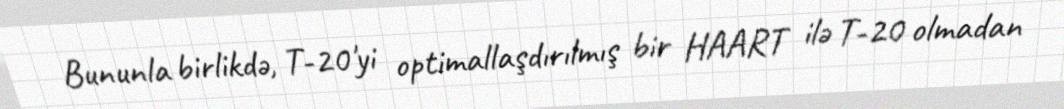
Bununla birlikdə, T-20'yi optimallaşdırılmış bir HAART ilə T-20 olmadan